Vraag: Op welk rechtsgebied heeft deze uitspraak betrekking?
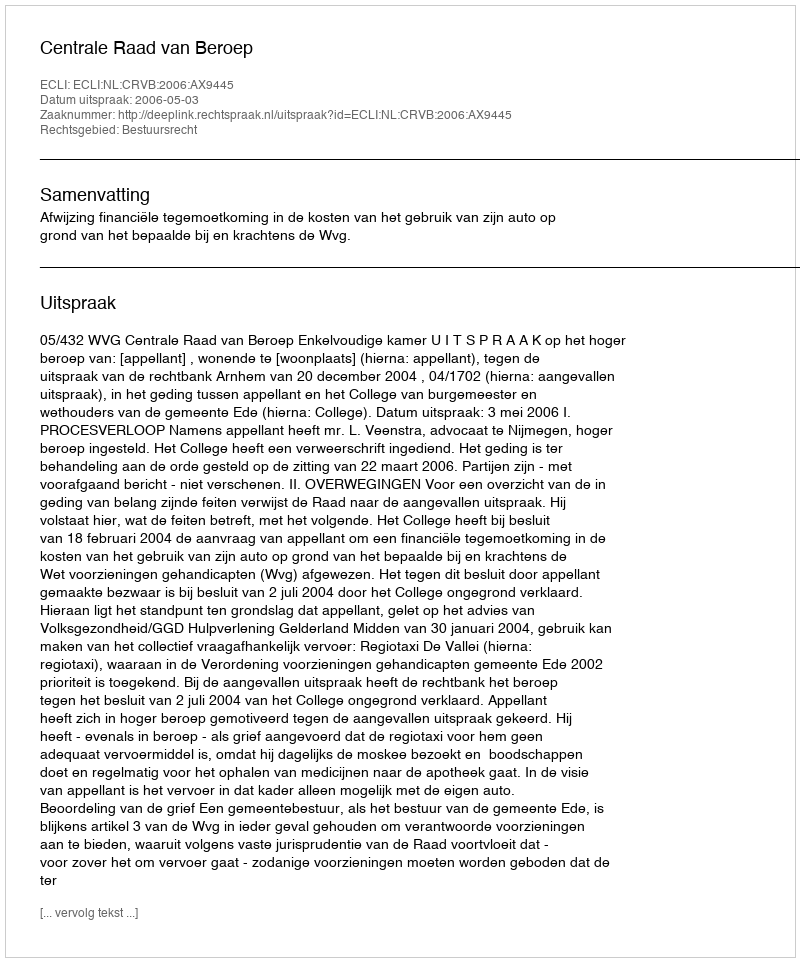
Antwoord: Bestuursrecht